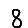
Digit: 8